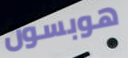
هوبسون